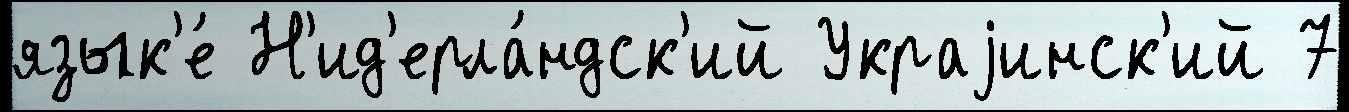
язык'е́ Н'ид'ерла́ндск'ий Украjинск'ий 7